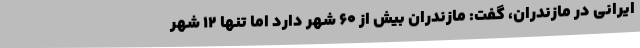
ایرانی در مازندران، گفت: مازندران بیش از 60 شهر دارد اما تنها 12 شهر